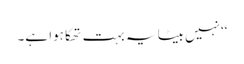
‘‘نہیں بیٹا یہ بہت تھکا ہوا ہے۔